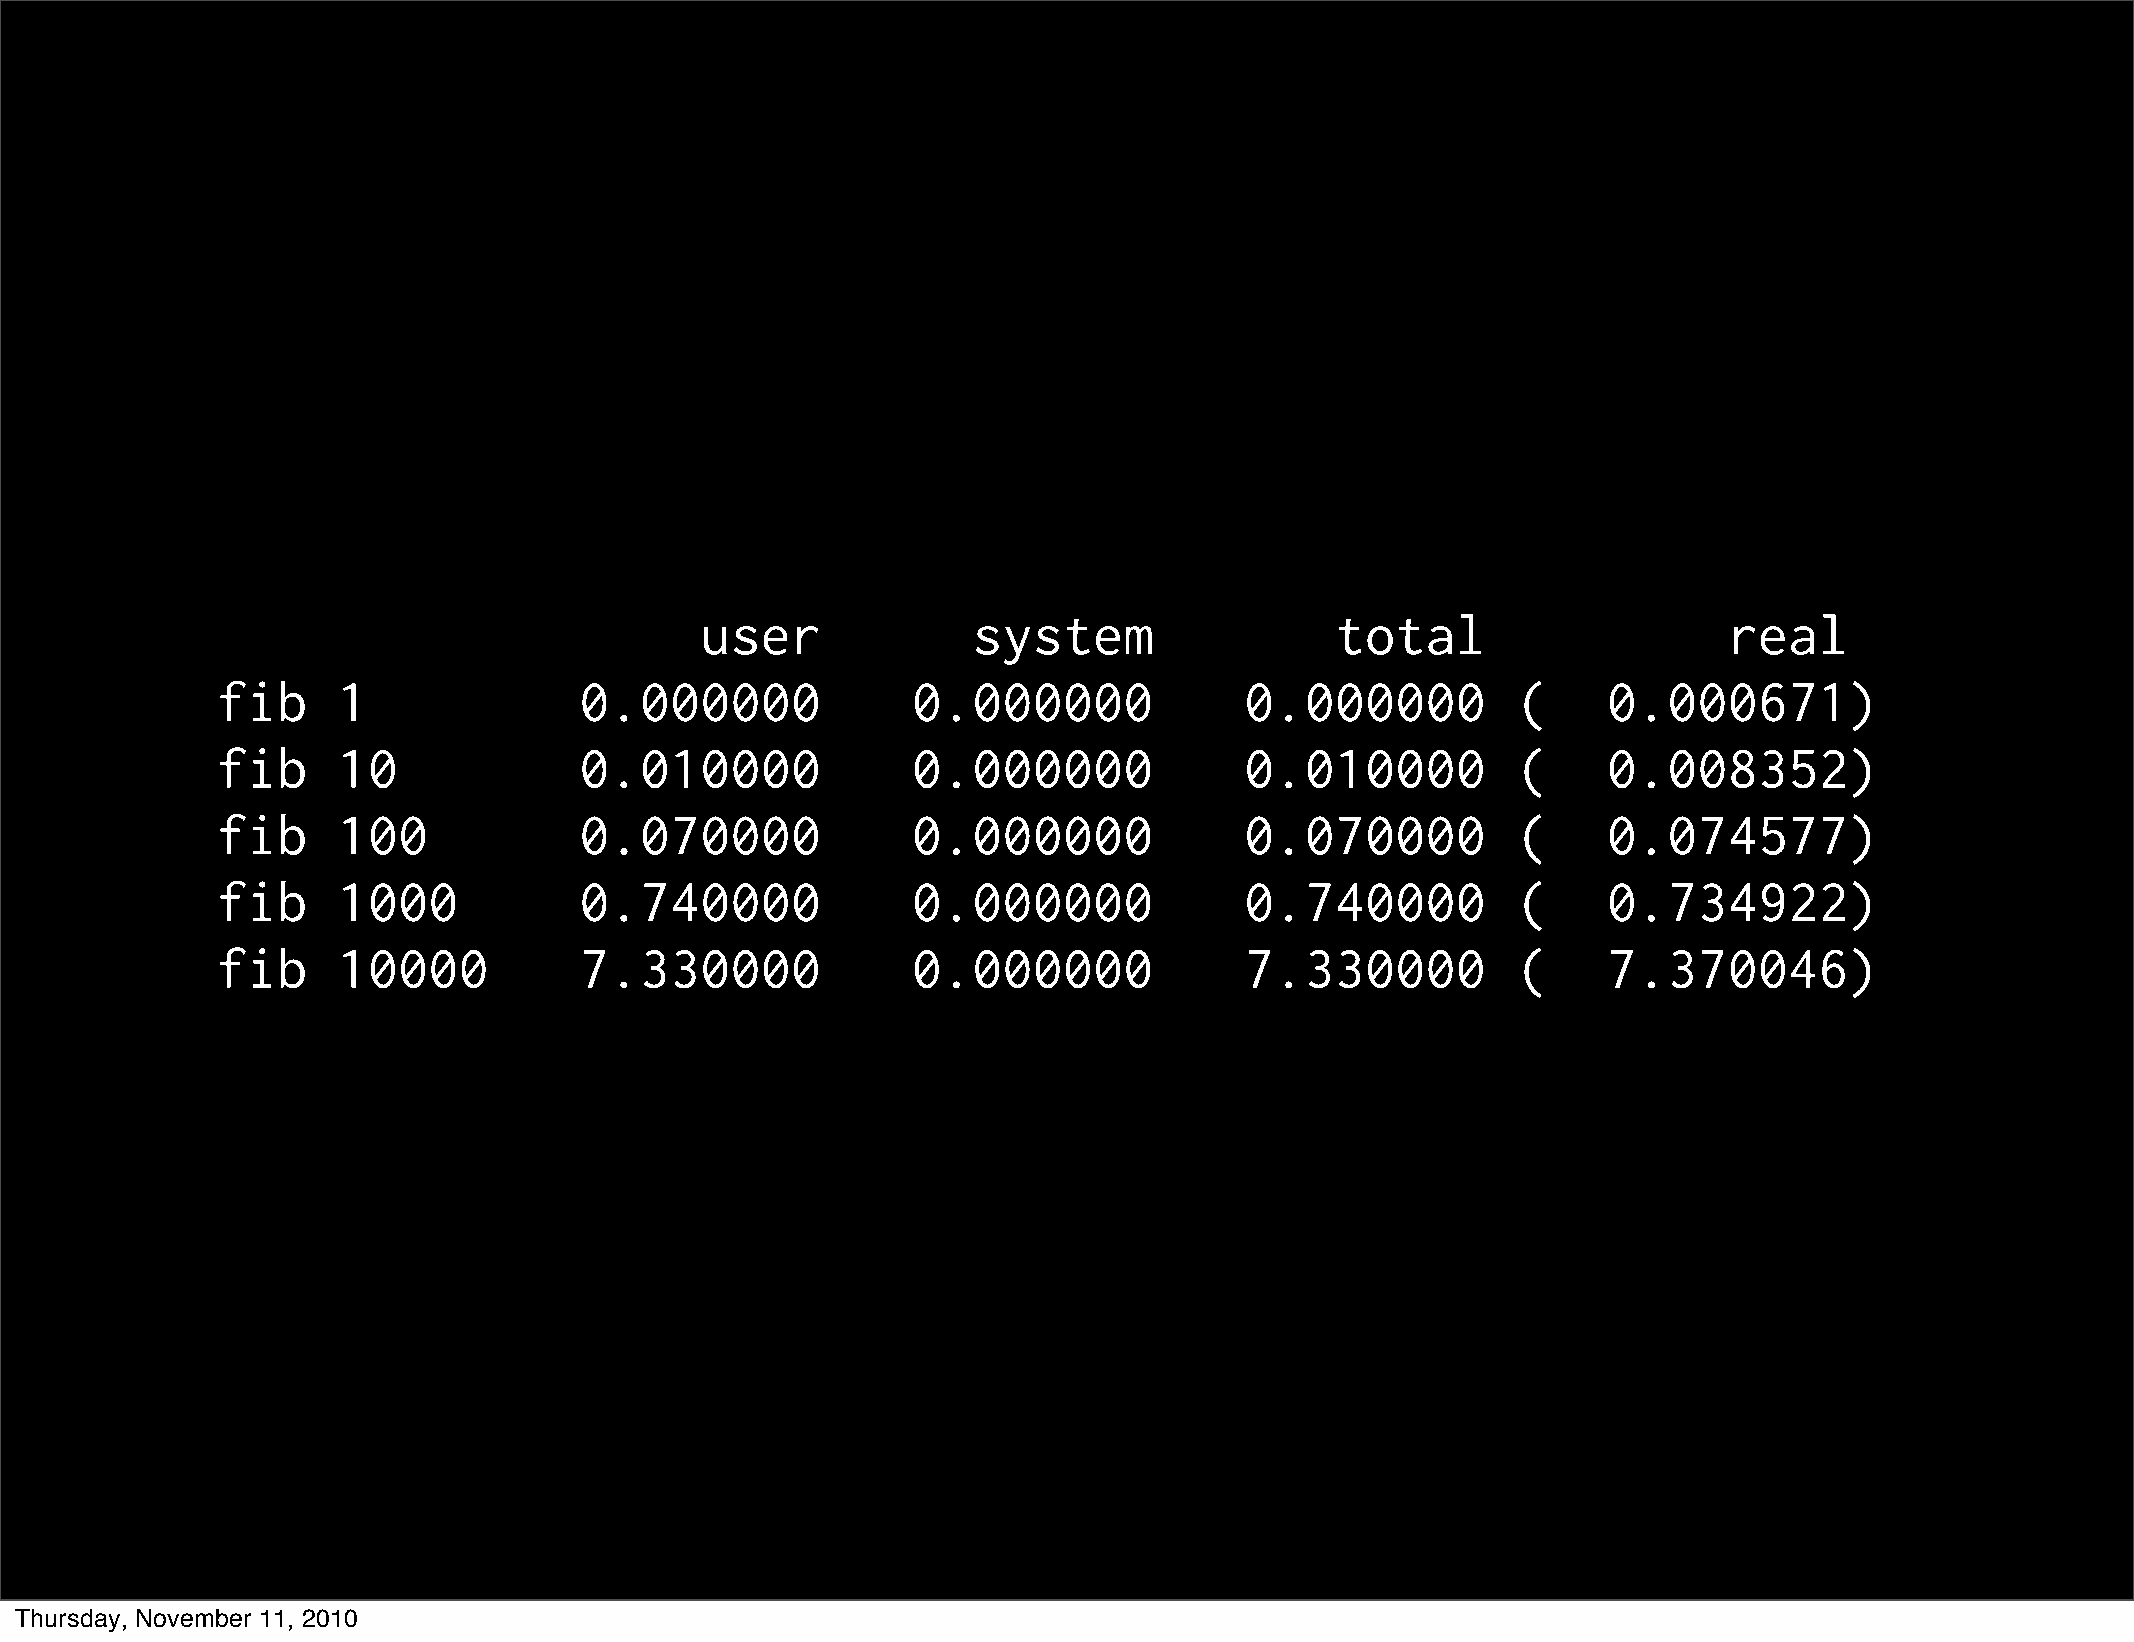
user              system                  total                     real
 fib     1               0.000000              0.000000              0.000000          (     0.000671)
 fib     10              0.010000              0.000000              0.010000          (     0.008352)
 fib     100             0.070000              0.000000              0.070000          (     0.074577)
 fib     1000            0.740000              0.000000              0.740000          (     0.734922)
 fib     10000           7.330000              0.000000              7.330000          (     7.370046)
 Thursday, November 11, 2010